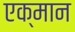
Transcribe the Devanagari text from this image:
एक्मान